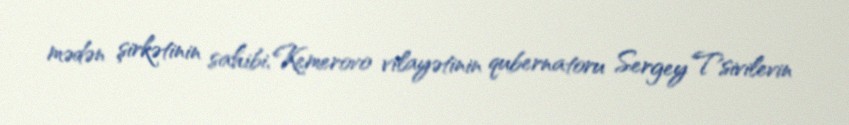
mədən şirkətinin sahibi, Kemerovo vilayətinin qubernatoru Sergey Tsivilevin